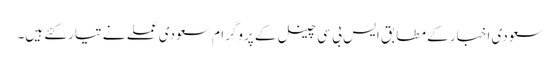
سعودی اخبار کے مطابق ایس بی سی چینل کے پروگرام سعودی عملے نے تیار کئے ہیں۔